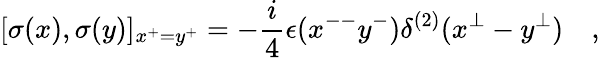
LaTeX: [\sigma(x),\sigma(y)]_{x^{+}=y^{+}}=-\frac{i}{4}\epsilon(x^{--}y^{-})\delta^{(2)}(x^{\perp}-y^{\perp})\quad,